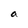
Character: a